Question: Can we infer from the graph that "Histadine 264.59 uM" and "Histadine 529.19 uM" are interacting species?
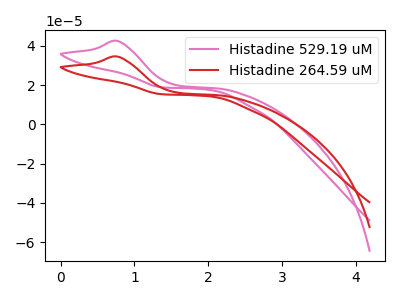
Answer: <think>The pink curve "Histadine 529.19 uM" has an anodic peak at: (0.75V, 42.45uA). The red curve "Histadine 264.59 uM" has an anodic peak at: (0.75V, 34.50uA).
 All the peaks in "Histadine 264.59 uM" have a peak in "Histadine 529.19 uM" at the same potential. Every peak in "Histadine 264.59 uM" is lower than every peak in "Histadine 529.19 uM".</think>
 <answer>No, "Histadine 264.59 uM" and "Histadine 529.19 uM" don't appear to be significantly different in shape</answer>
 <eval>no_change</eval>